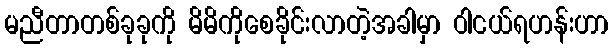
မညီတာတစ်ခုခုကို မိမိကိုစေခိုင်းလာတဲ့အခါမှာ ဝါငယ်ရဟန်းဟာ